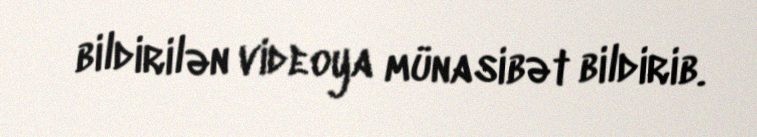
bildirilən videoya münasibət bildirib.